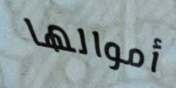
أموالها